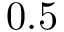
0 . 5